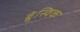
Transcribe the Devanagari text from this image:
ब्रुंस्विक